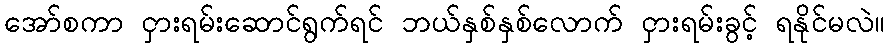
အော်စကာ ငှားရမ်းဆောင်ရွက်ရင် ဘယ်နှစ်နှစ်လောက် ငှားရမ်းခွင့် ရနိုင်မလဲ။